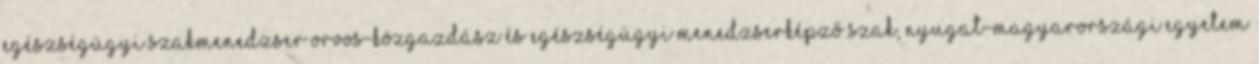
egészségügyi szakmenedzser Orvos-közgazdász és Egészségügyi Menedzserképző Szak, Nyugat-Magyarországi Egyetem